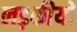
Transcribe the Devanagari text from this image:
लड़कीयों